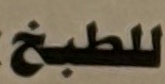
للطبخ